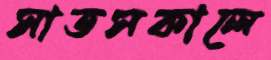
সাতসকালে